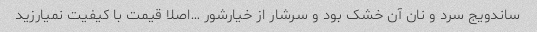
ساندویج سرد و نان آن خشک بود و سرشار از خیارشور …اصلا قیمت با کیفیت نمیارزید